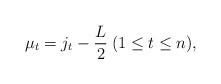
LaTeX: \begin{align*} \mu _t = j_t - \frac{L}{2} \medspace ( 1 \leq t \leq n ),\end{align*}